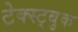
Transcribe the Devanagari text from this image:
टेक्स्ट्बुक